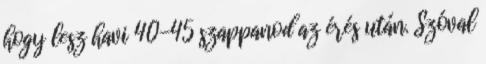
hogy lesz havi 40-45 szappanod az érés után. Szóval